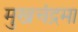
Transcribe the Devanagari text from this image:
मुखचंद्रमा